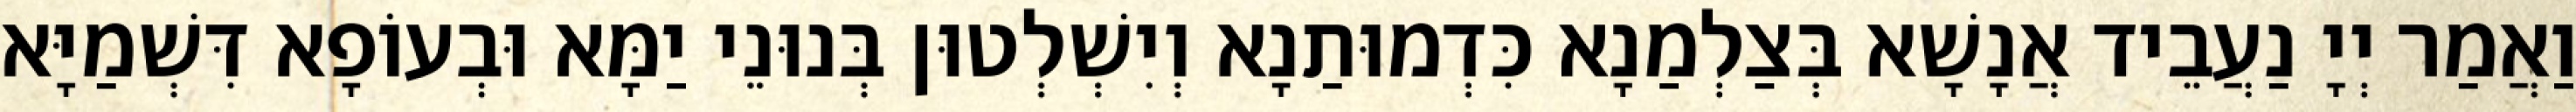
וַאֲמַר יְיָ נַעֲבֵיד אֲנָשָׁא בְּצַלְמַנָא כִּדְמוּתַנָא וְיִשְׁלְטוּן בְּנוּנֵי יַמָּא וּבְעוֹפָא דִּשְׁמַיָּא